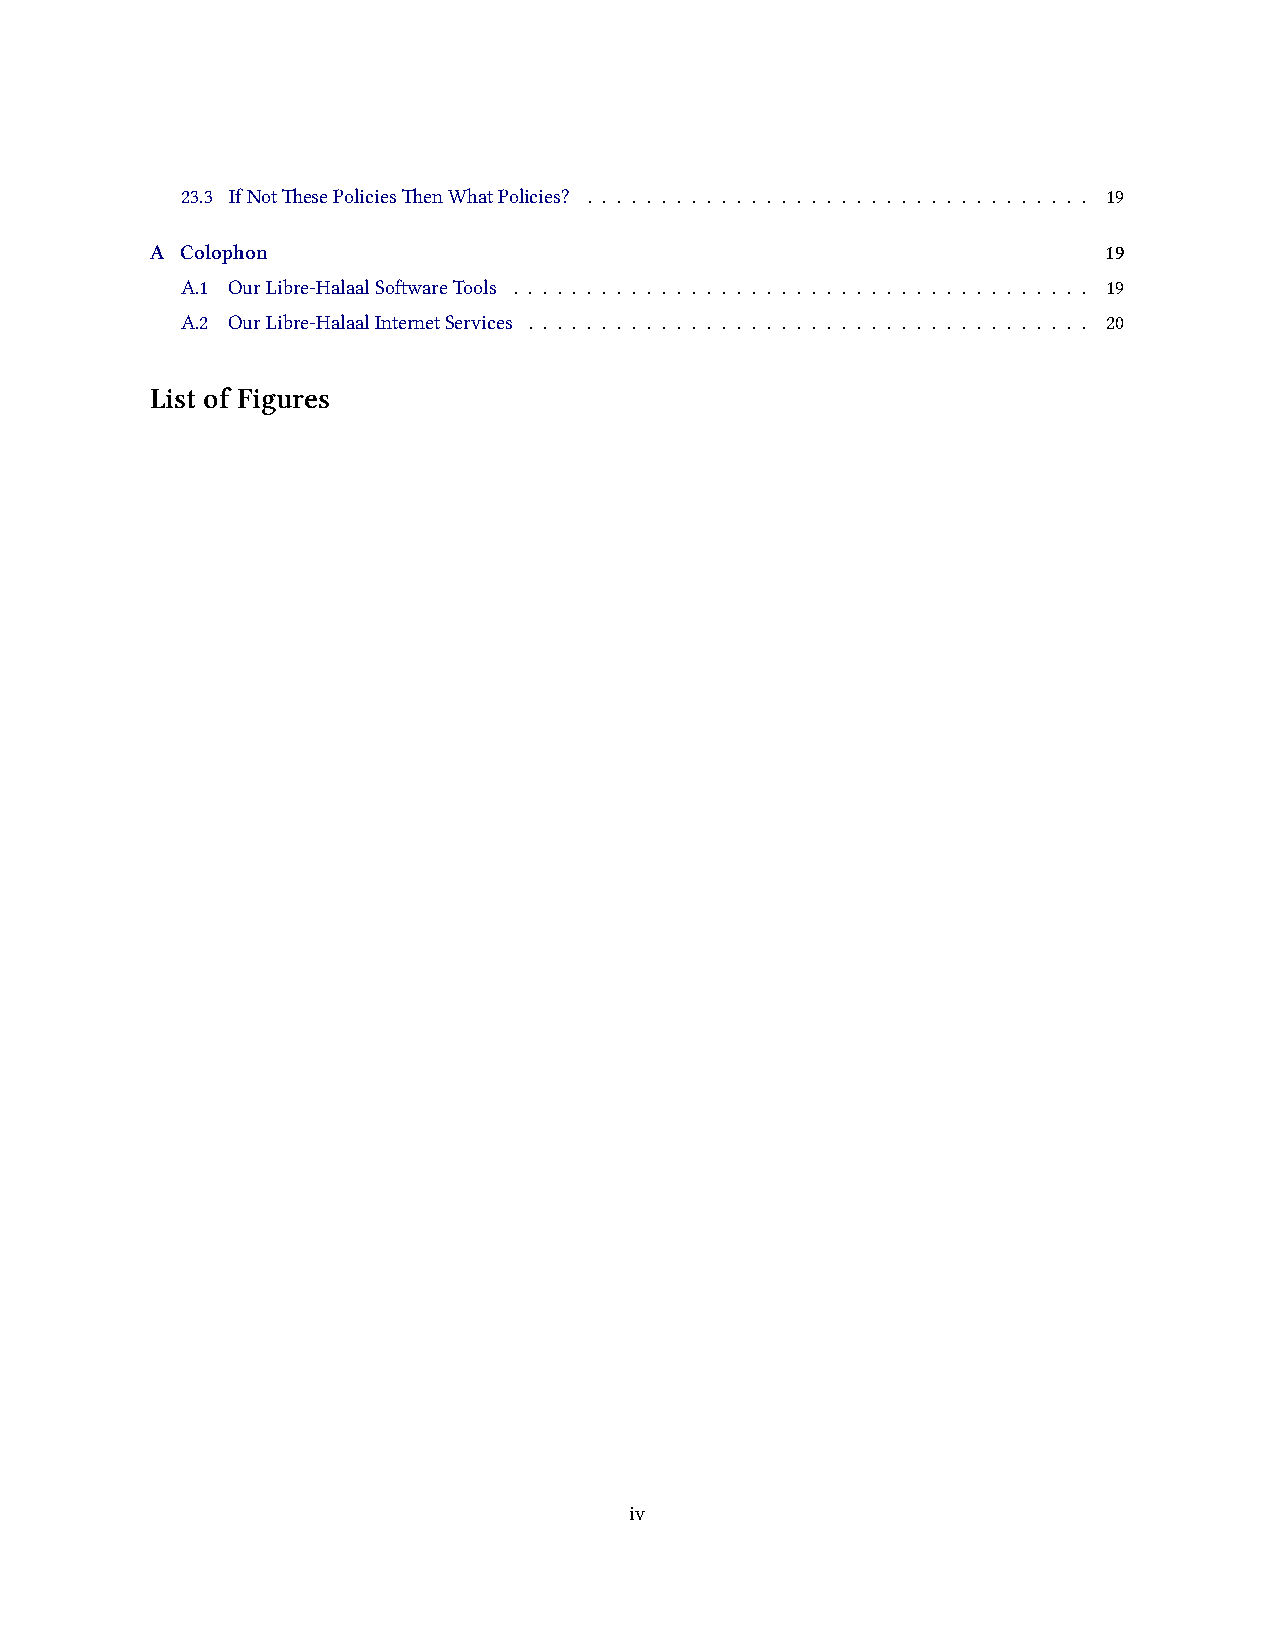
23.3 IfNotesePoliciesenWhatPolicies? . . . . . . . . . . . . . . . . . . . . . . . . . . . . . . . . . . 19
 A Colophon                                                     19
 A.1 OurLibre-HalaalSowareTools . . . . . . . . . . . . . . . . . . . . . . . . . . . . . . . . . . . . . . . 19
 A.2 OurLibre-HalaalInternetServices . . . . . . . . . . . . . . . . . . . . . . . . . . . . . . . . . . . . . . 20
 List of Figures
 iv